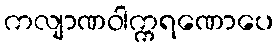
ကလျာဏဝါက္ကရဏောပေ